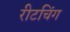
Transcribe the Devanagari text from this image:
रीटचिंग